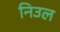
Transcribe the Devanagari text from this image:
निउल